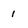
Character: i